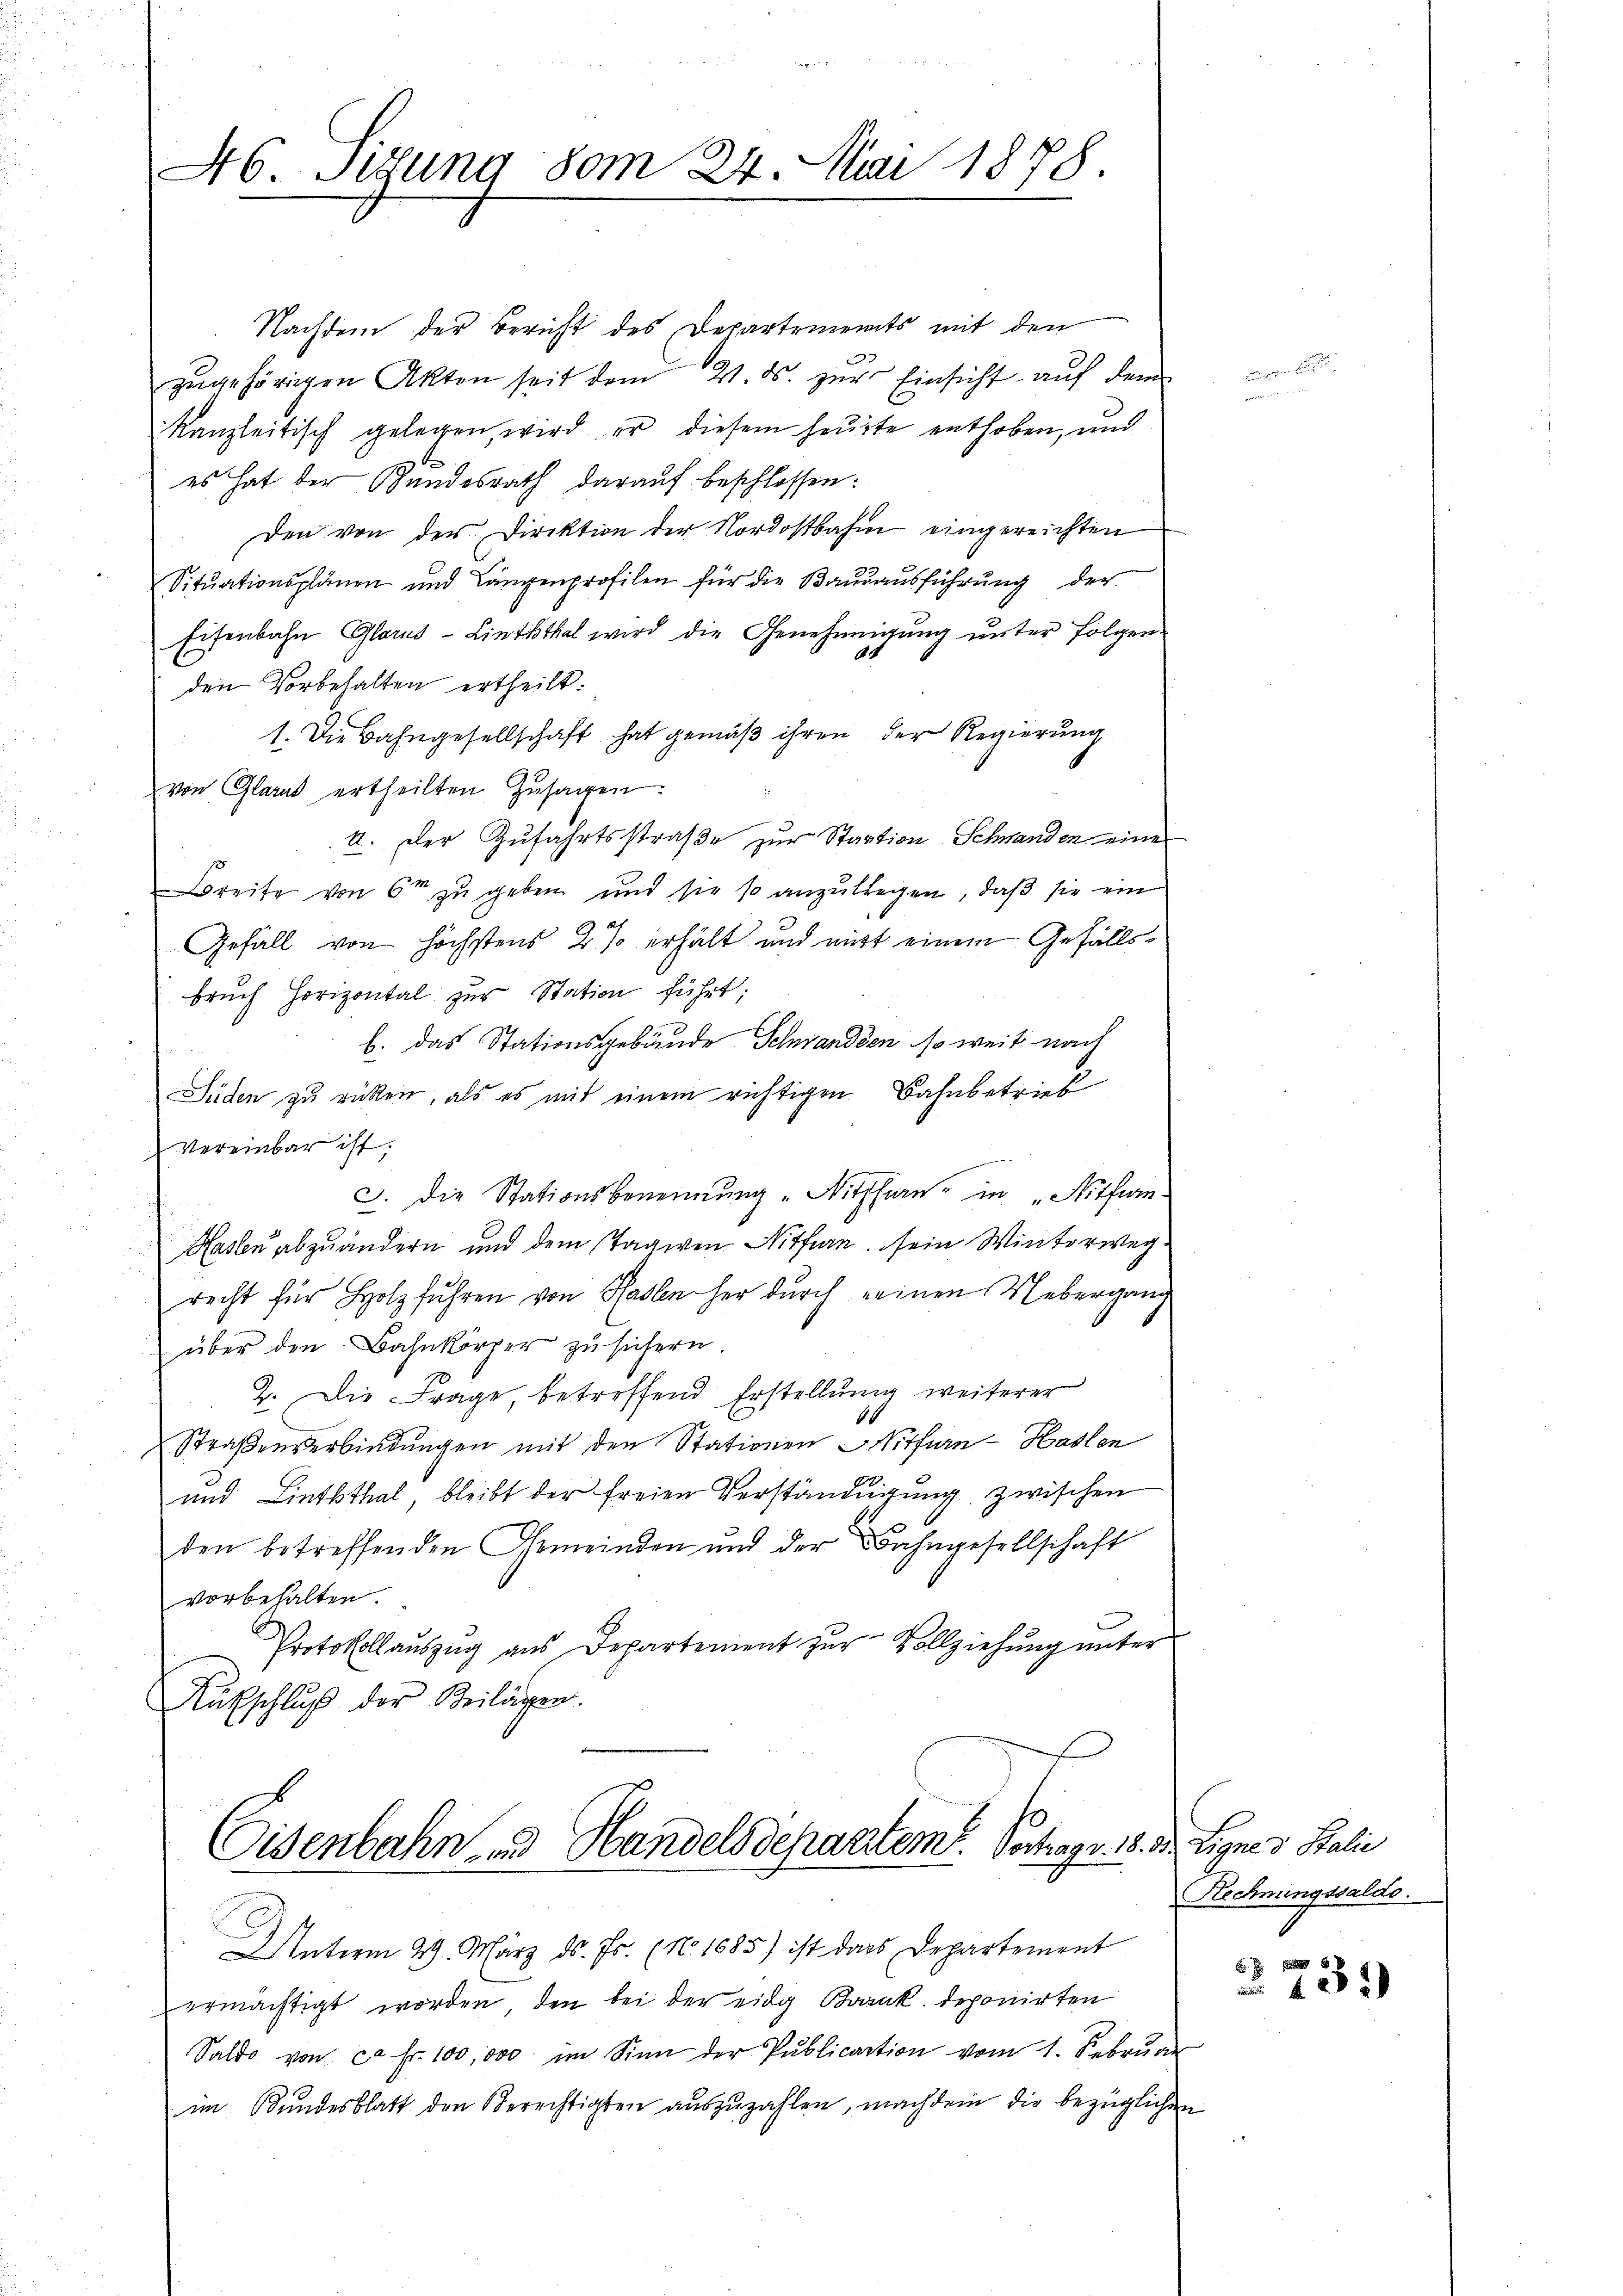
46. Sedung vom 24. Mai 1878.

Nachdem der Bericht des Departements mit den
zugehörigen Akten seit dem 21. ds. zur Einsicht auf dem
kanzleitisch gelegen, wird er diesem heute enthoben, und
es hat der Randesrath daraŭf beschlossen:
Den von der Direktion der Nordostbahn eingereichten
Sitŭationsplänen und Längenprofilen für die Baŭraŭsführŭng der
Eisenbahn Glarus-Linththal wird die Genehmigŭng ŭnter folgen-
den Vorbehalten ertheilt.
1. Die Bahngesellschaft hat gemäß ihren der Regierung
von Glarus ertheilten Zusagen.
A. Der Zufahrtsstraße zur Staation Schwanden eine
Breite von 60 zu geben und sie so anzulegen, daß sie ein
Gefäll von höchstens 2 % erhält und nicht einem Gefällsbrŭch Horizontal zur Station führt:
b. das Stationsgebäude Schwandten, so weit nach
Süden zu rücken, als es mit einem richtigen Bahnbetrieb
vereinbar ist;
c. die Stationsbenennung "Nitfern in „Nothwen¬
Haslen abzuändern und dem Tagwen Nitfern sein Winterwegrecht für Holzfuhren von Pasten her durch einen Uebergang
über den Bahnkörper zu sichern
2. Die Frage betreffend Erstellung weiterer
16
Straßenverbindungen mit den Stationen Witfurn-Haslen
und Linththal, bleibt der freien Verständigung zwischen
den betreffenden Gemeinden und der Bahngesellschaft
vorbehalten.
Protokollaŭszŭg aŭs Departement zŭr Vollziehŭng ŭnter
Aŭfschlŭβ der Beilagen.

Eisenbahn, und Handelsdepartem Sachegr. 18.

Unterm 29. März ds. Fr. (N. 1685) ist dass Departement
ermächtigt worden, den bei der eidg Brank, deponirten
Saldo von ca Fr. 100,000 im Sinn der Publication vom 1. Februar
im Bundesblatt den Berechtigten auszuzahlen, nachdem die bezüglichen

d. Lignes Stalie
Rechnungssaldo.

§ 731